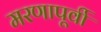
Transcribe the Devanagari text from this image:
मरणापूर्वी